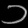
Digit: ၁